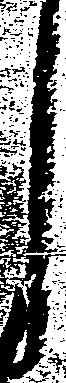
し